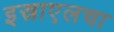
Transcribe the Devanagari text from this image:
इस्राएलचा